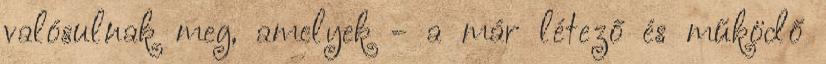
valósulnak meg, amelyek - a már létező és működő